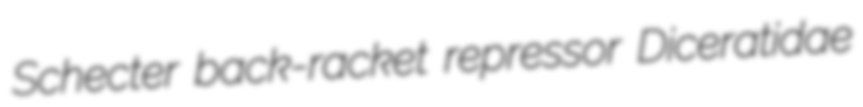
Schecter back-racket repressor Diceratidae